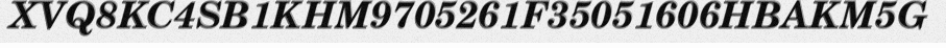
XVQ8KC4SB1KHM9705261F35051606HBAKM5G